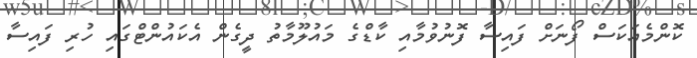
ކޮންމެއަކަސް ފޯނަށް ފައިސާ ފޮނުވުމާއި ކާޑްގެ މައުލޫމާތު ދީގެން އެކައުންޓްގައި ހުރި ފައިސާ